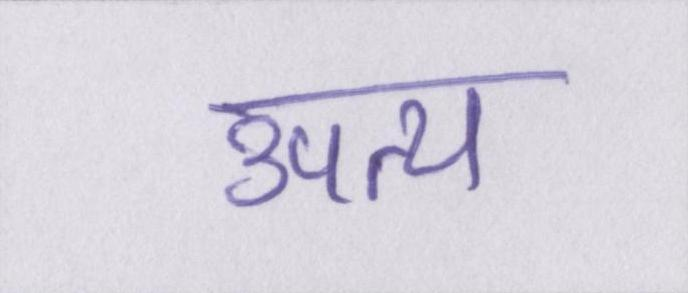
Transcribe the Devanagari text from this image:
उपत्य